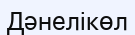
Дәнелікөл